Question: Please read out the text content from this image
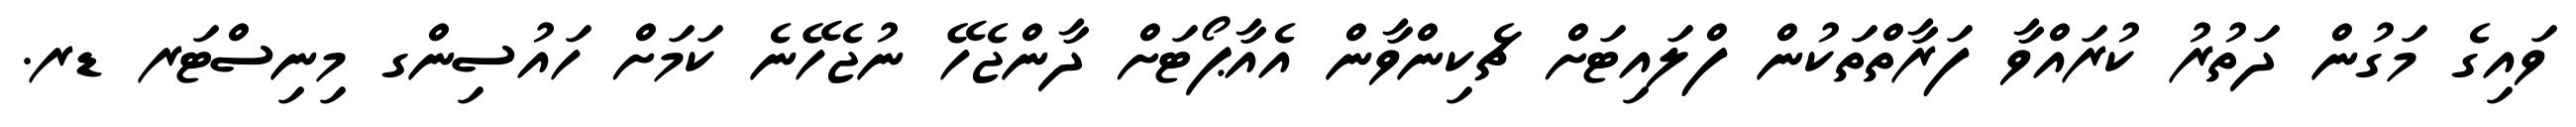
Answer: ވައިގެ މަގުން ދަތުރު ކުރައްވާ ފަރާތްތަކުން ފްލައިޓަށް ޗެކިންވާން އެއާޕޯޓަށް ދާންޖެހޭ ނުޖެހޭނެ ކަމަށް ހައުސިންގ މިނިސްޓަރ ޑރ.